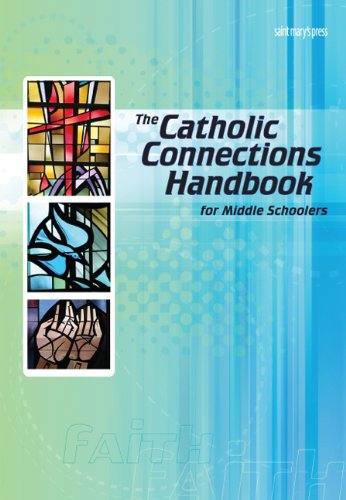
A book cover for The Catholic Connections Handbook for Middle Schoolers-paper; Janet Claussen; Christian Books & Bibles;